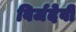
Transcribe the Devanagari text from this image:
विर्जदेवी